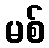
မစ်